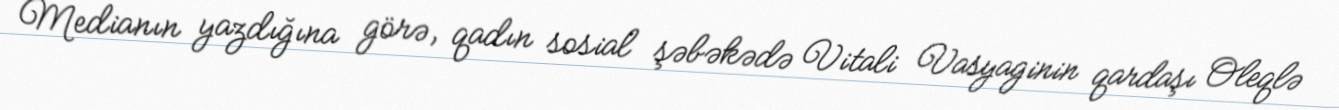
Medianın yazdığına görə, qadın sosial şəbəkədə Vitali Vasyaginin qardaşı Oleqlə